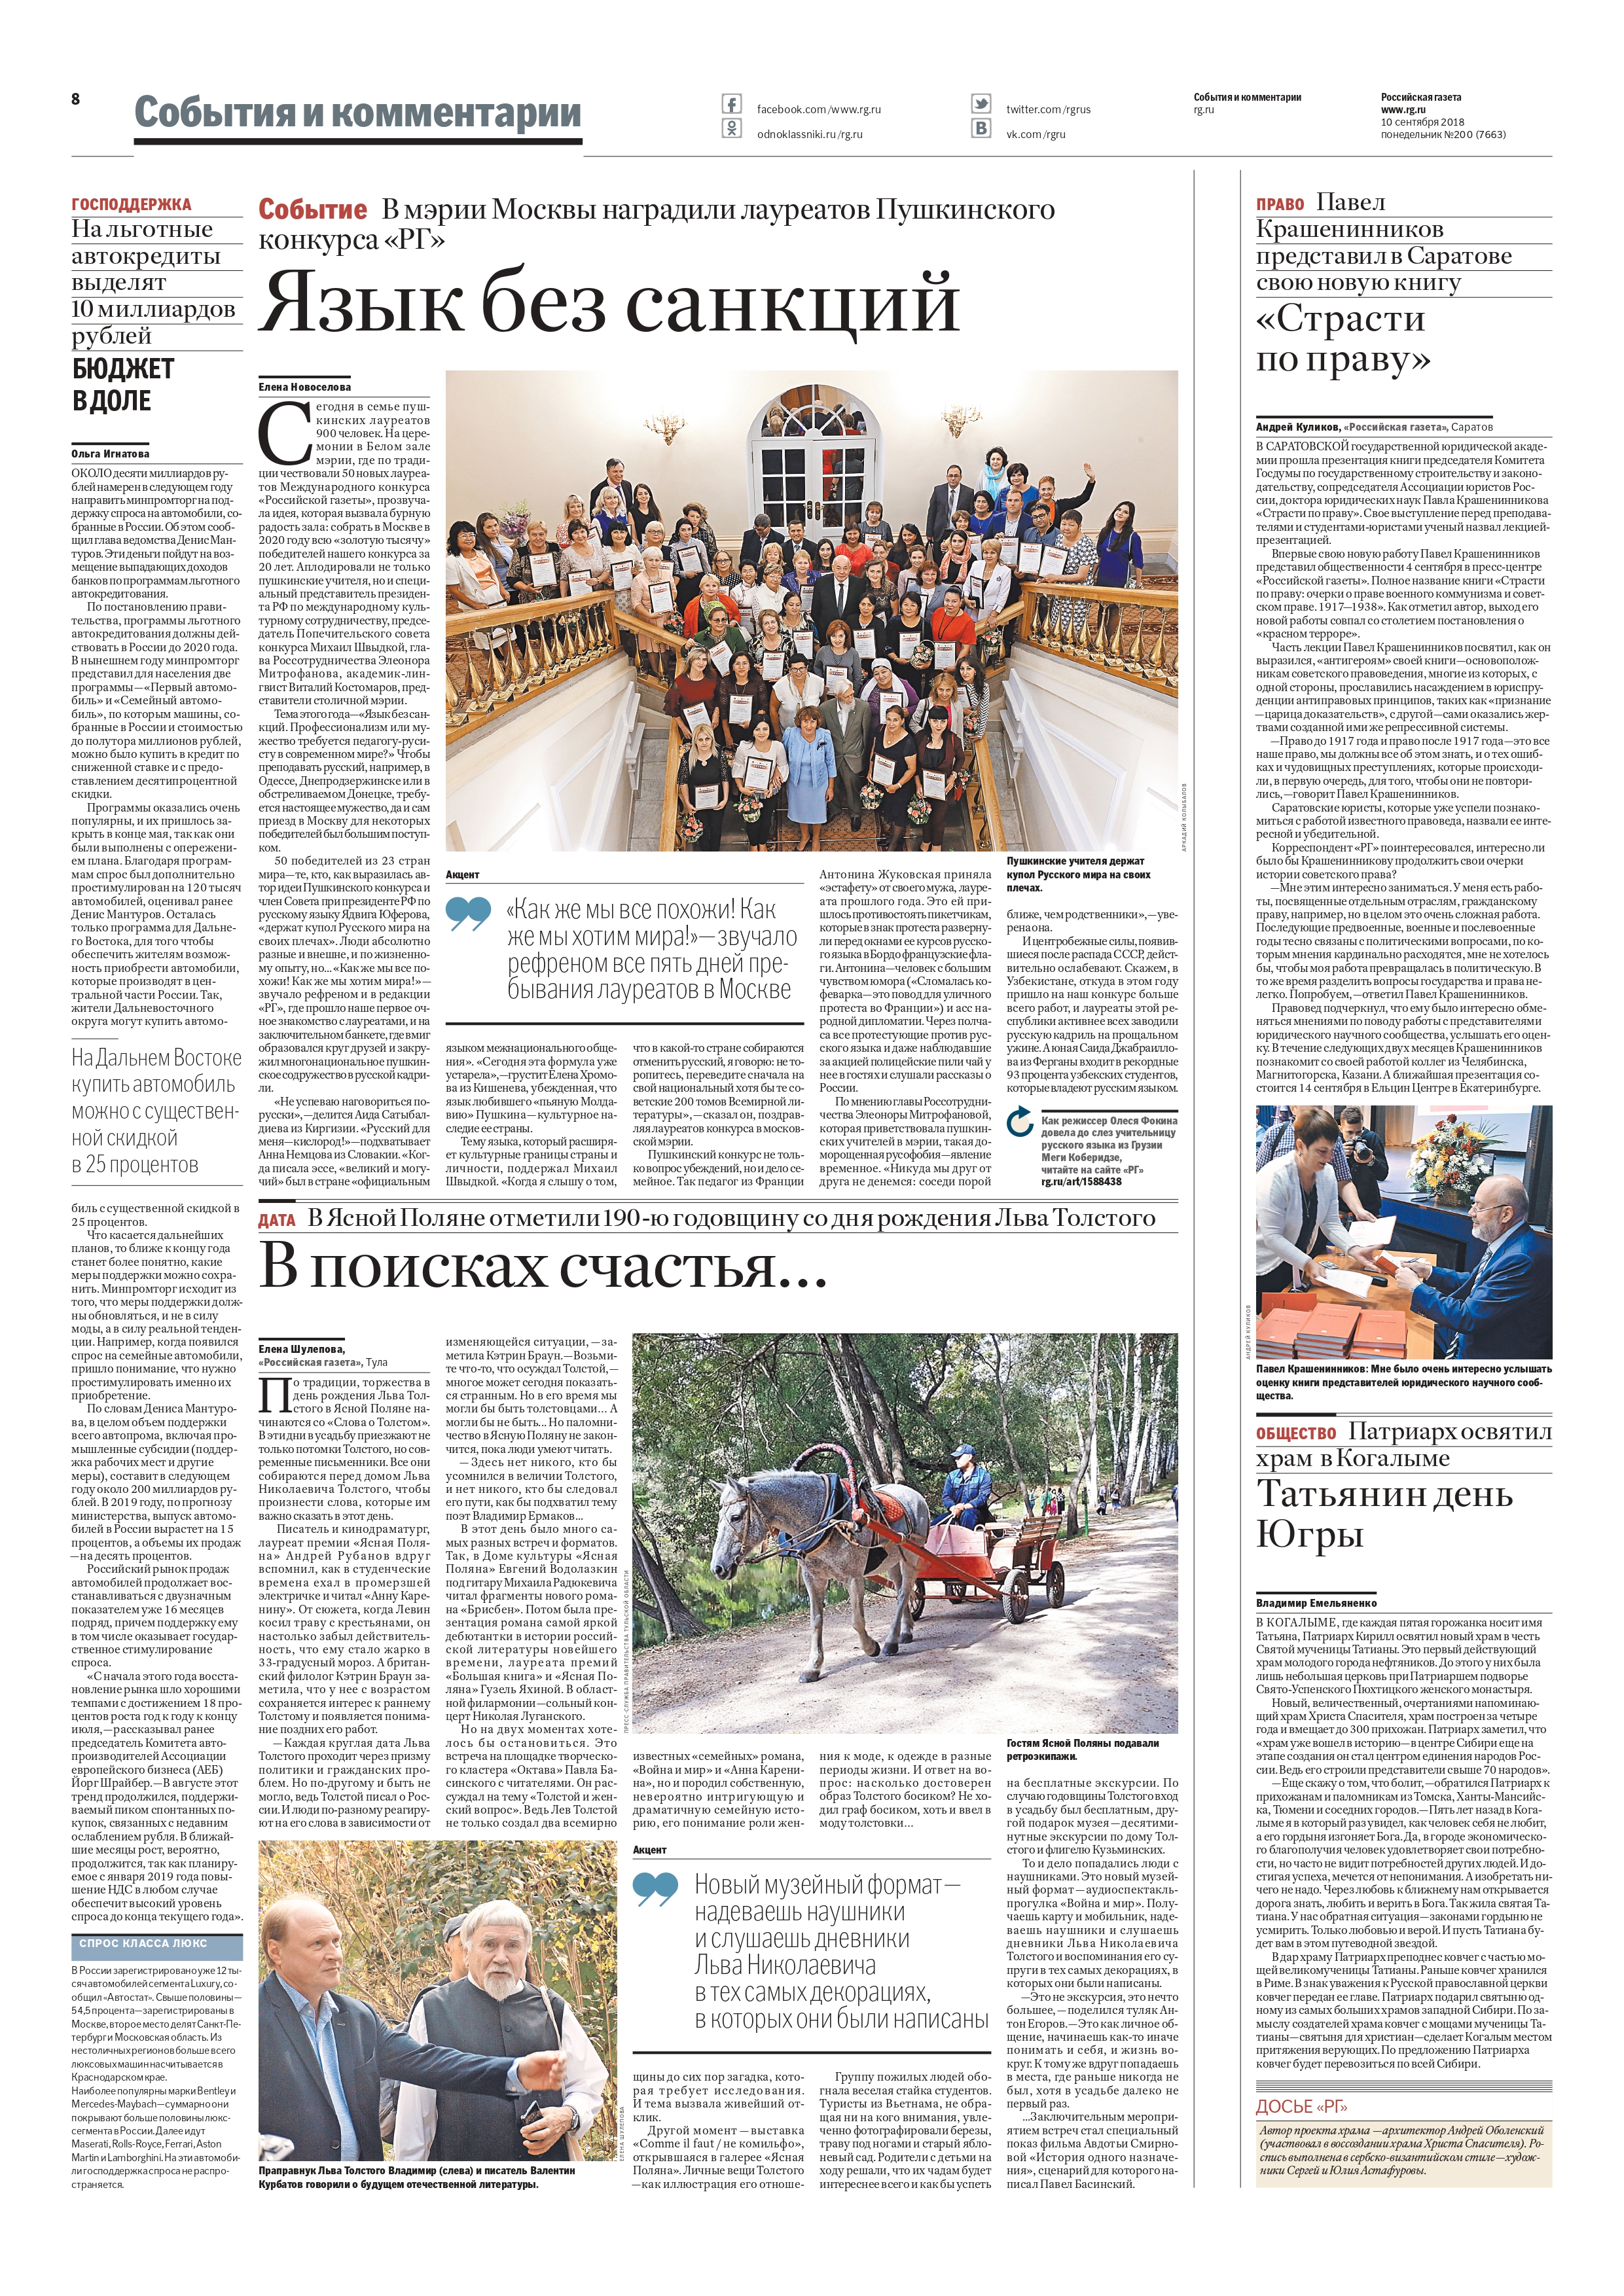
Language: ru